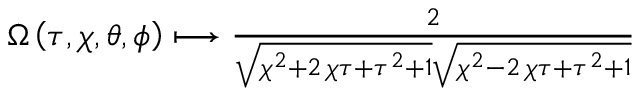
\begin{array} { r } { \Omega \left( { \tau } , { \chi } , { \theta } , { \phi } \right) \longmapsto \frac { 2 } { \sqrt { { \chi } ^ { 2 } + 2 \, { \chi } { \tau } + { \tau } ^ { 2 } + 1 } \sqrt { { \chi } ^ { 2 } - 2 \, { \chi } { \tau } + { \tau } ^ { 2 } + 1 } } } \end{array}